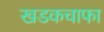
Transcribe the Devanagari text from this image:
खडकचाफा